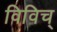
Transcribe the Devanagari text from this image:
विविच्